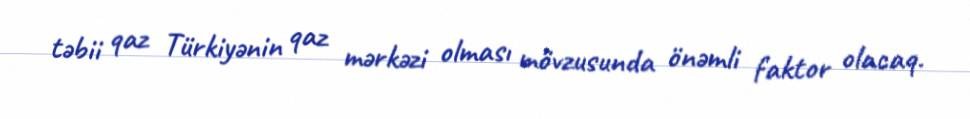
təbii qaz Türkiyənin qaz mərkəzi olması mövzusunda önəmli faktor olacaq.